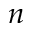
n